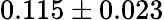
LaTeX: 0.115\pm 0.023